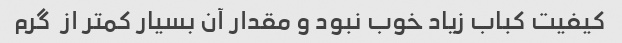
کیفیت کباب زیاد خوب نبود و مقدار آن بسیار کمتر از  گرم